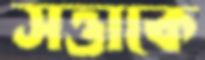
সত্তাকে